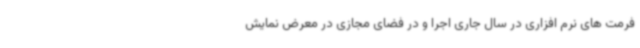
فرمت های نرم افزاری در سال جاری اجرا و در فضای مجازی در معرض نمایش